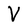
Character: V